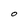
Character: O